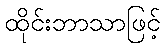
ထိုင်းဘာသာဖြင့်